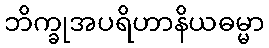
ဘိက္ခုအပရိဟာနိယဓမ္မာ